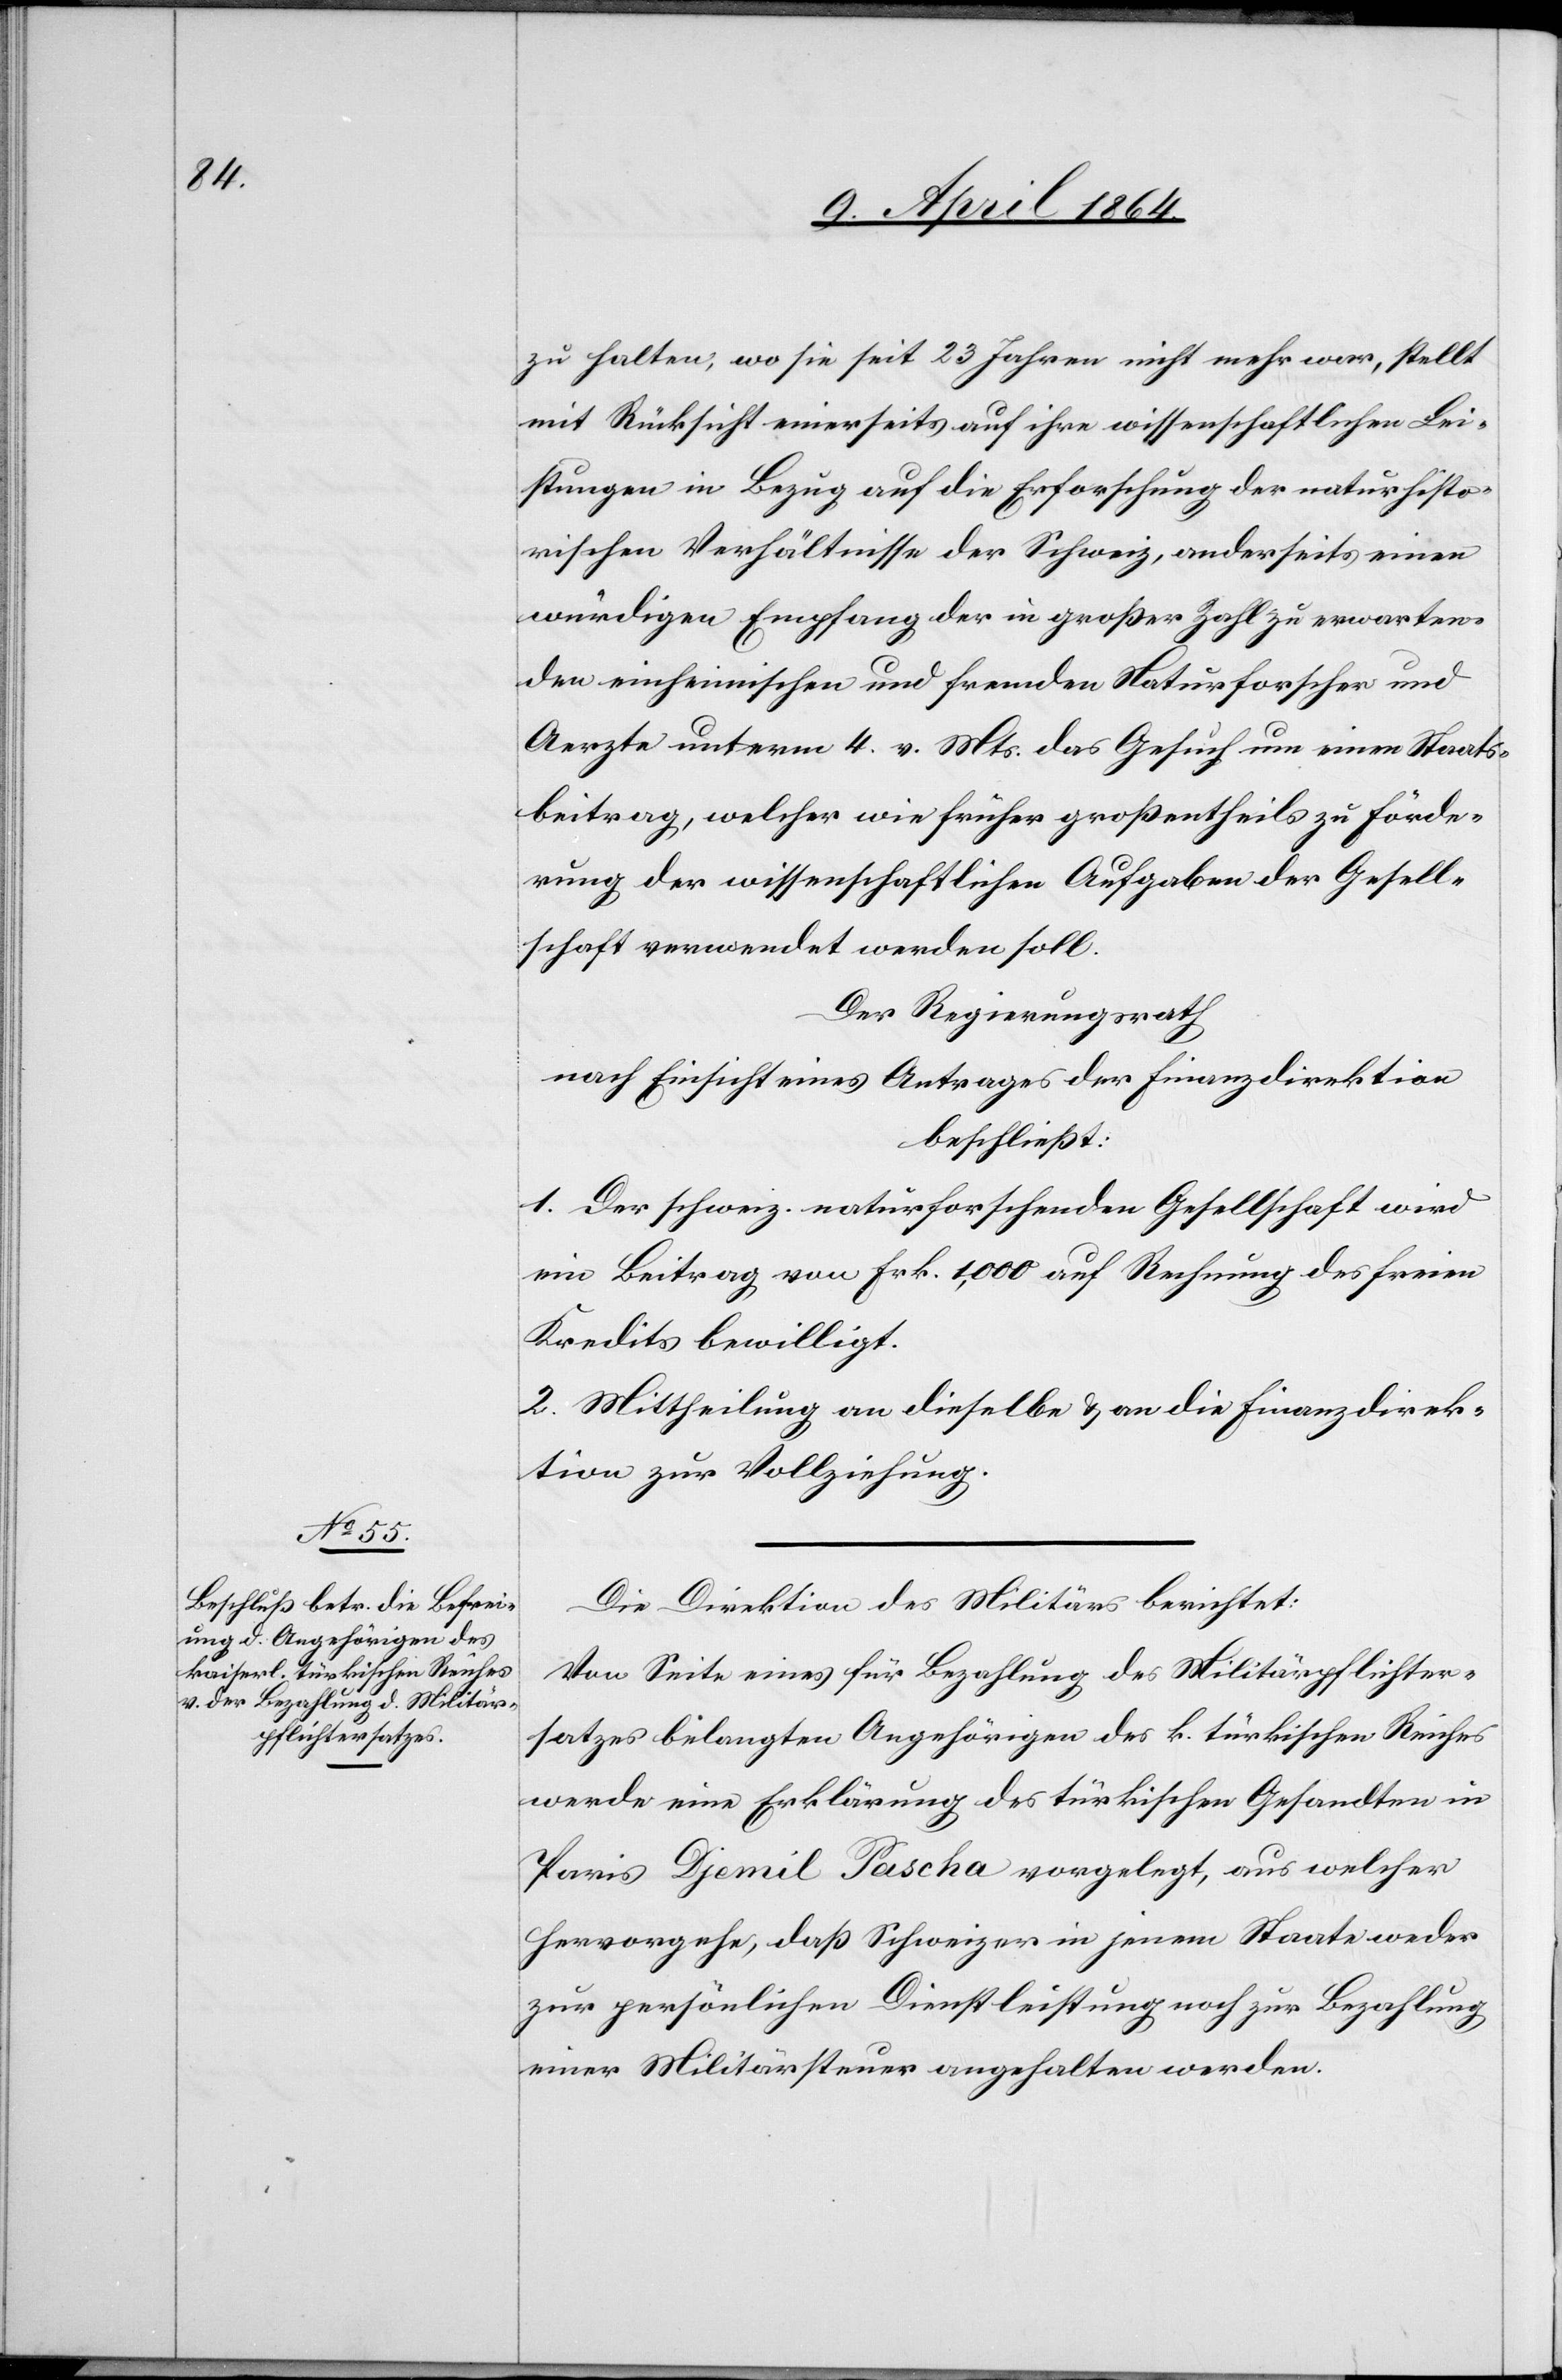
zu halten, wo sie seit 23 Jahren nicht mehr war, stellt
mit Rücksicht einerseits auf ihre wissenschaftlichen Lei¬
stungen in Bezug auf die Erforschung der naturhisto¬
rischen Verhältnisse der Schweiz, anderseits einen
würdigen Empfang der in großer Zahl zu erwarten¬
den einheimischen und fremden Naturforscher und
Aerzte unterm 4. v. Mts. das Gesuch um einen Staats¬
beitrag, welcher wie früher großentheils zu Förde¬
rung der wissenschaftlichen Aufgaben der Gesell¬
schaft verwendet werden soll.
Der Regierungsrath
nach Einsicht eines Antrages der Finanzdirektion
beschließt:
1. Der schweiz. naturforschenden Gesellschaft wird
ein Beitrag von Frk. 1,000 auf Rechnung des freien
Kredits bewilligt.
2. Mittheilung an dieselbe u. an die Finanzdirek¬
tion zur Vollziehung.
Die Direktion des Militärs berichtet:
Von Seite eines für Bezahlung des Militärpflichter¬
satzes belangten Angehörigen des k. türkischen Reiches
werde eine Erklärung des türkischen Gesandten in
Paris Djemil Pascha vorgelegt, aus welcher
hervorgehe, daß Schweizer in jenem Staate weder
zur persönlichen Dienstleistung noch zur Bezahlung
einer Militärsteuer angehalten werden.